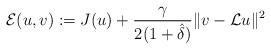
LaTeX: \begin{align*}{\mathcal{E}}(u,v):=J(u)+\frac{\gamma }{2(1+\hat{\delta })}\|v-{\mathcal{L}}u\|^{2}\end{align*}